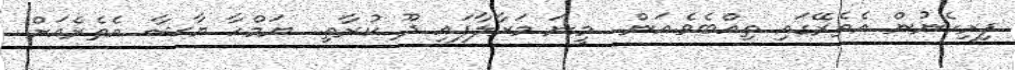
ފިރިހެނުން އެތެރޭގައި ތިއްބެވެ.އަން.. މީނަ މަރާލާފައި ދޫ ކުރާތި.. ޔަމްހާ ޔާޝާ އެތެރެއަށް